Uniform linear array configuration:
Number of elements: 4
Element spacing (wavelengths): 1
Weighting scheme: kaiser
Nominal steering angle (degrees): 45
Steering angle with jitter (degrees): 45.347
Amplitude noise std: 0.05
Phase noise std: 0.05

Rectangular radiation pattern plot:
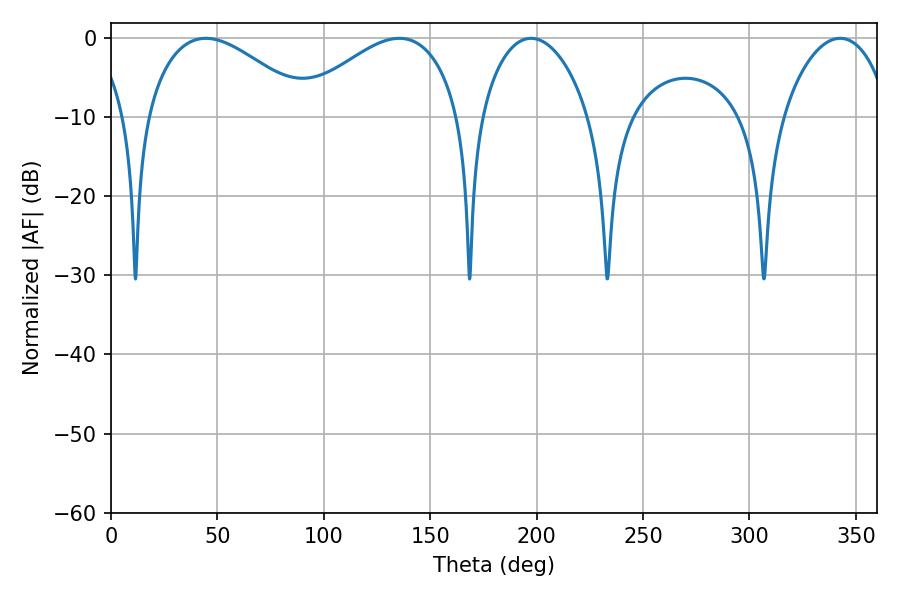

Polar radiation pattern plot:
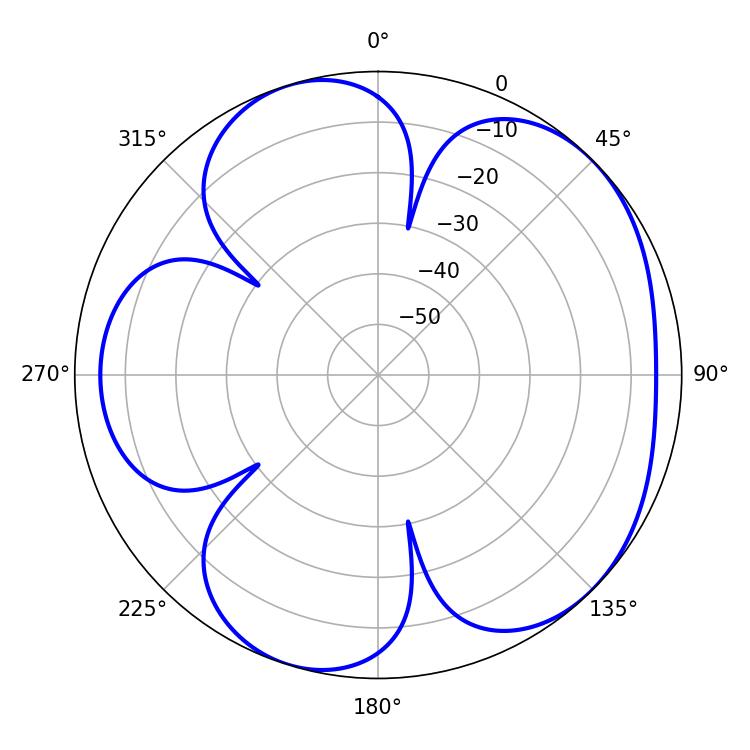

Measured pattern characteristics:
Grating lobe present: TRUE
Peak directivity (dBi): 5.054
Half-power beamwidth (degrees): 42.12
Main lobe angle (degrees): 135.54